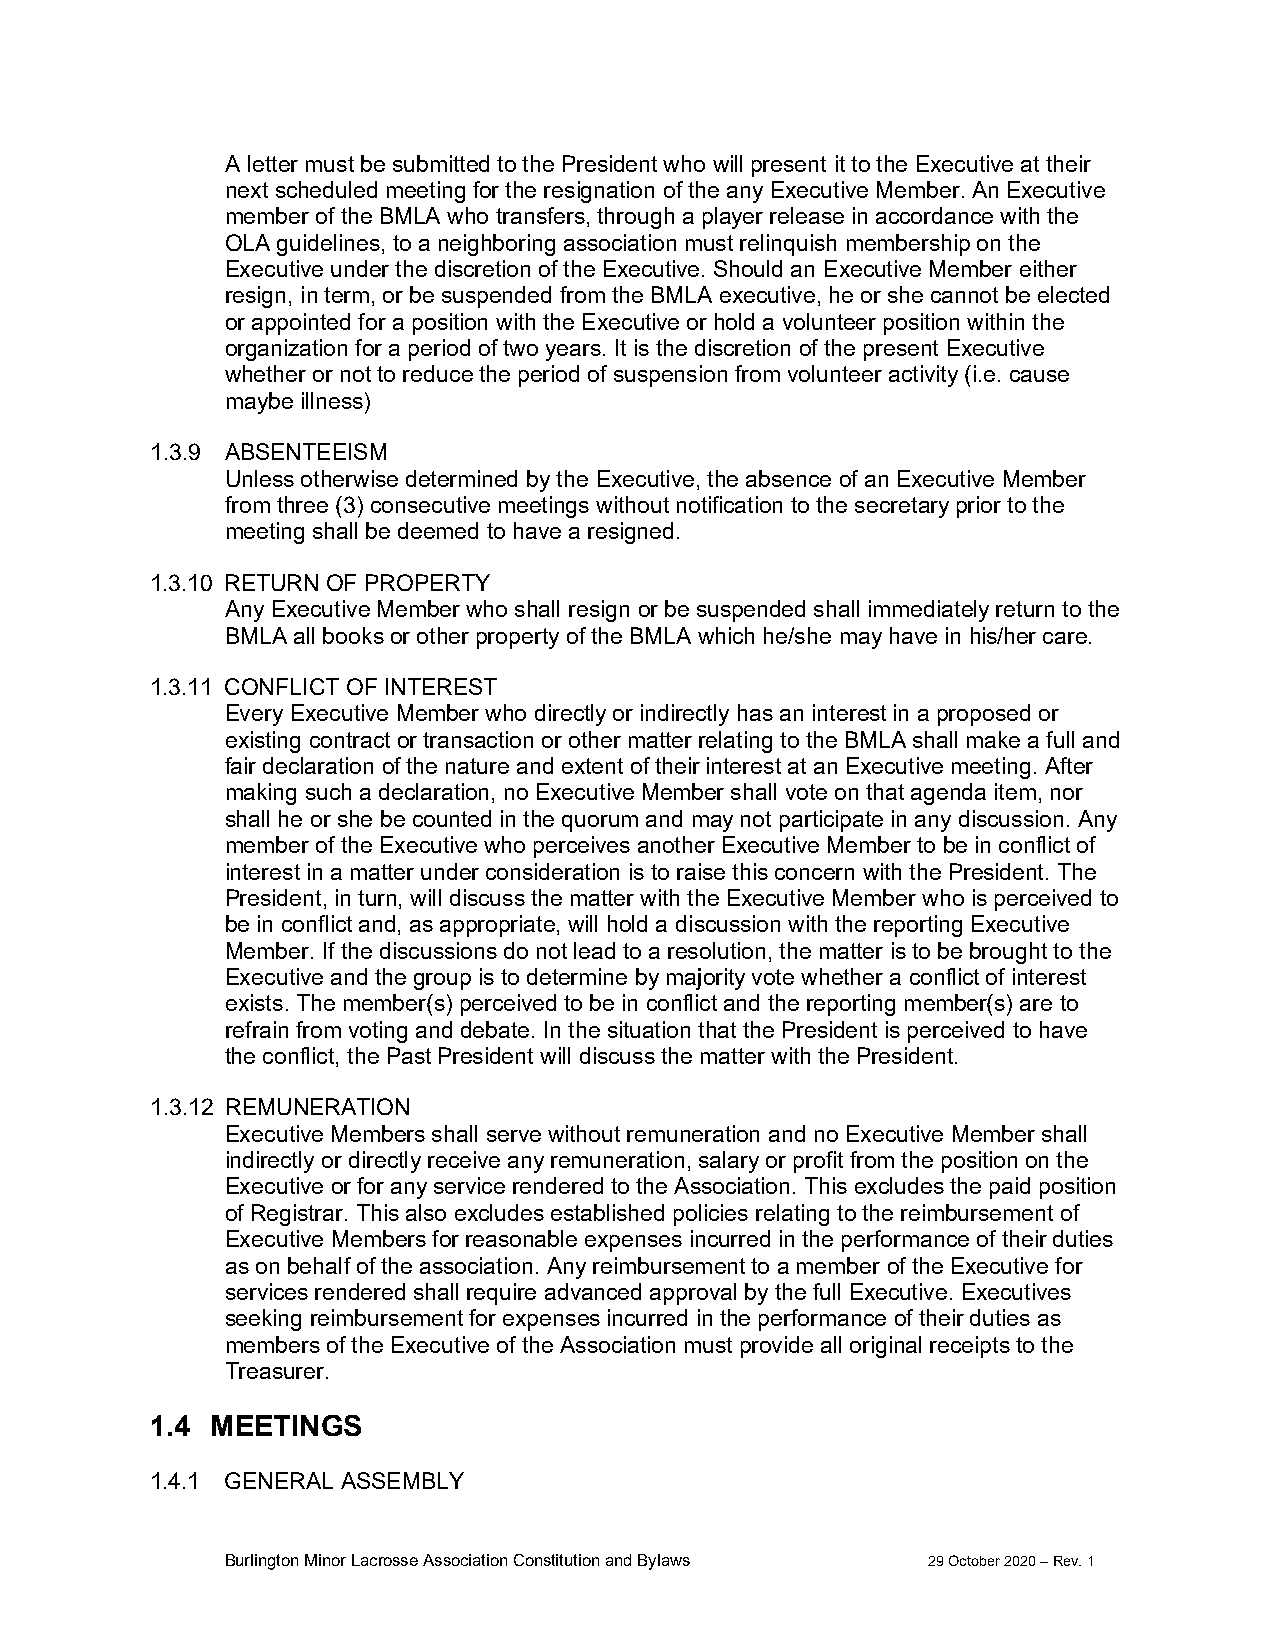
A letter must be submitted to the President who will present it to the Executive at their
 next scheduled meeting for the resignation of the any Executive Member. An Executive
 member of the BMLA who transfers, through a player release in accordance with the
 OLA guidelines, to a neighboring association must relinquish membership on the
 Executive under the discretion of the Executive. Should an Executive Member either
 resign, in term, or be suspended from the BMLA executive, he or she cannot be elected
 or appointed for a position with the Executive or hold a volunteer position within the
 organization for a period of two years. It is the discretion of the present Executive
 whether or not to reduce the period of suspension from volunteer activity (i.e. cause
 maybe illness)
 1.3.9 ABSENTEEISM
 Unless otherwise determined by the Executive, the absence of an Executive Member
 from three (3) consecutive meetings without notification to the secretary prior to the
 meeting shall be deemed to have a resigned.
 1.3.10 RETURN OF PROPERTY
 Any Executive Member who shall resign or be suspended shall immediately return to the
 BMLA all books or other property of the BMLA which he/she may have in his/her care.
 1.3.11 CONFLICT OF INTEREST
 Every Executive Member who directly or indirectly has an interest in a proposed or
 existing contract or transaction or other matter relating to the BMLA shall make a full and
 fair declaration of the nature and extent of their interest at an Executive meeting. After
 making such a declaration, no Executive Member shall vote on that agenda item, nor
 shall he or she be counted in the quorum and may not participate in any discussion. Any
 member of the Executive who perceives another Executive Member to be in conflict of
 interest in a matter under consideration is to raise this concern with the President. The
 President, in turn, will discuss the matter with the Executive Member who is perceived to
 be in conflict and, as appropriate, will hold a discussion with the reporting Executive
 Member. If the discussions do not lead to a resolution, the matter is to be brought to the
 Executive and the group is to determine by majority vote whether a conflict of interest
 exists. The member(s) perceived to be in conflict and the reporting member(s) are to
 refrain from voting and debate. In the situation that the President is perceived to have
 the conflict, the Past President will discuss the matter with the President.
 1.3.12 REMUNERATION
 Executive Members shall serve without remuneration and no Executive Member shall
 indirectly or directly receive any remuneration, salary or profit from the position on the
 Executive or for any service rendered to the Association. This excludes the paid position
 of Registrar. This also excludes established policies relating to the reimbursement of
 Executive Members for reasonable expenses incurred in the performance of their duties
 as on behalf of the association. Any reimbursement to a member of the Executive for
 services rendered shall require advanced approval by the full Executive. Executives
 seeking reimbursement for expenses incurred in the performance of their duties as
 members of the Executive of the Association must provide all original receipts to the
 Treasurer.
 1.4 MEETINGS
 1.4.1 GENERAL ASSEMBLY
 Burlington Minor Lacrosse Association Constitution and Bylaws 29 October 2020 – Rev. 1